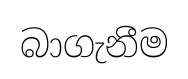
බාගැනීම